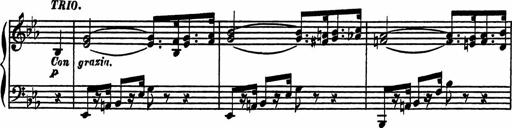
Title: 4 Piano Sonatinas
Composer: Adam Geibel